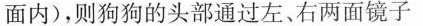
面内)，则狗狗的头部通过左、右两面镜子